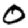
Digit: 0